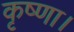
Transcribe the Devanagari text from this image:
कृष्णा।